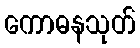
ကောဓနသုတ်